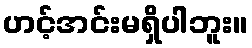
ဟင့်အင်းမရှိပါဘူး။